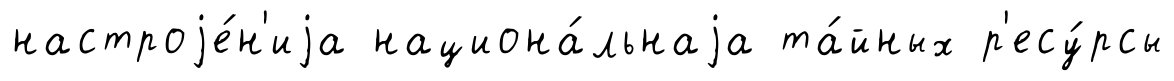
настроjе́н'иjа национа́льнаjа та́йных р'есу́рсы